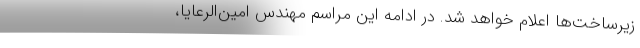
زیرساخت‌ها اعلام خواهد شد. در ادامه این مراسم مهندس امین‌الرعایا،